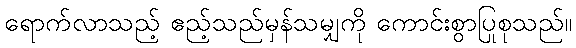
ရောက်လာသည့် ဧည့်သည်မှန်သမျှကို ကောင်းစွာပြုစုသည်။